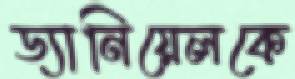
ড্যানিয়েলকে